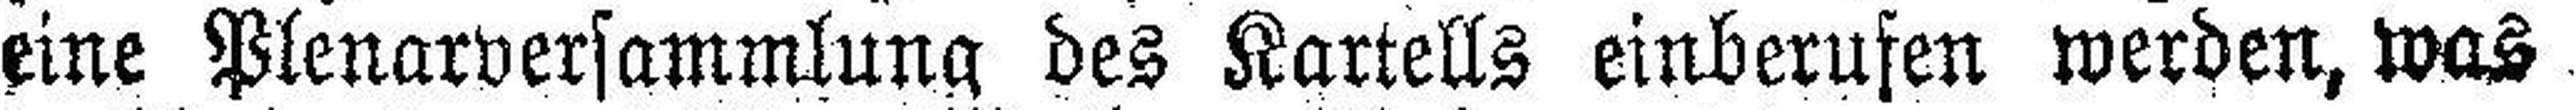
eine Plenarversammlung des Kartells einberufen werden, was